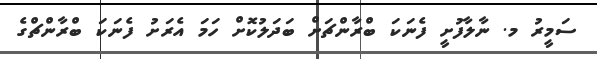
ސަމީރު މ. ނާލާފުށީ ފެނަކަ ބްރާންޗަށް ބަދަލުކޮށް ހަމަ އެރަށު ފެނަކަ ބްރާންޗްގެ